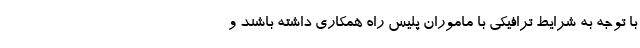
با توجه به شرایط ترافیکی با ماموران پلیس راه همکاری داشته باشند و